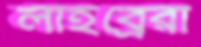
লাইব্রেরী